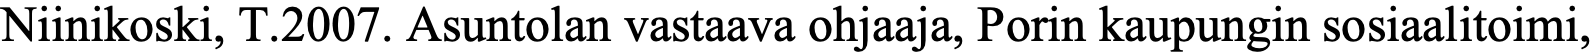
Niinikoski, T.2007. Asuntolan vastaava ohjaaja, Porin kaupungin sosiaalitoimi,